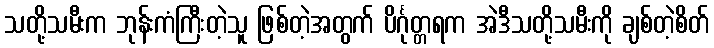
သတို့သမီးက ဘုန်းကံကြီးတဲ့သူ ဖြစ်တဲ့အတွက် ပိင်္ဂုတ္တရက အဲဒီသတို့သမီးကို ချစ်တဲ့စိတ်